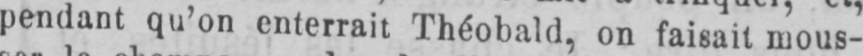
pendant qu’on enterrait Théobald, on faisait mous-